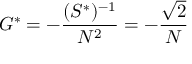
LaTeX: G ^ { * } = - { \frac { ( S ^ { * } ) ^ { - 1 } } { N ^ { 2 } } } = - { \frac { \sqrt 2 } { N } }